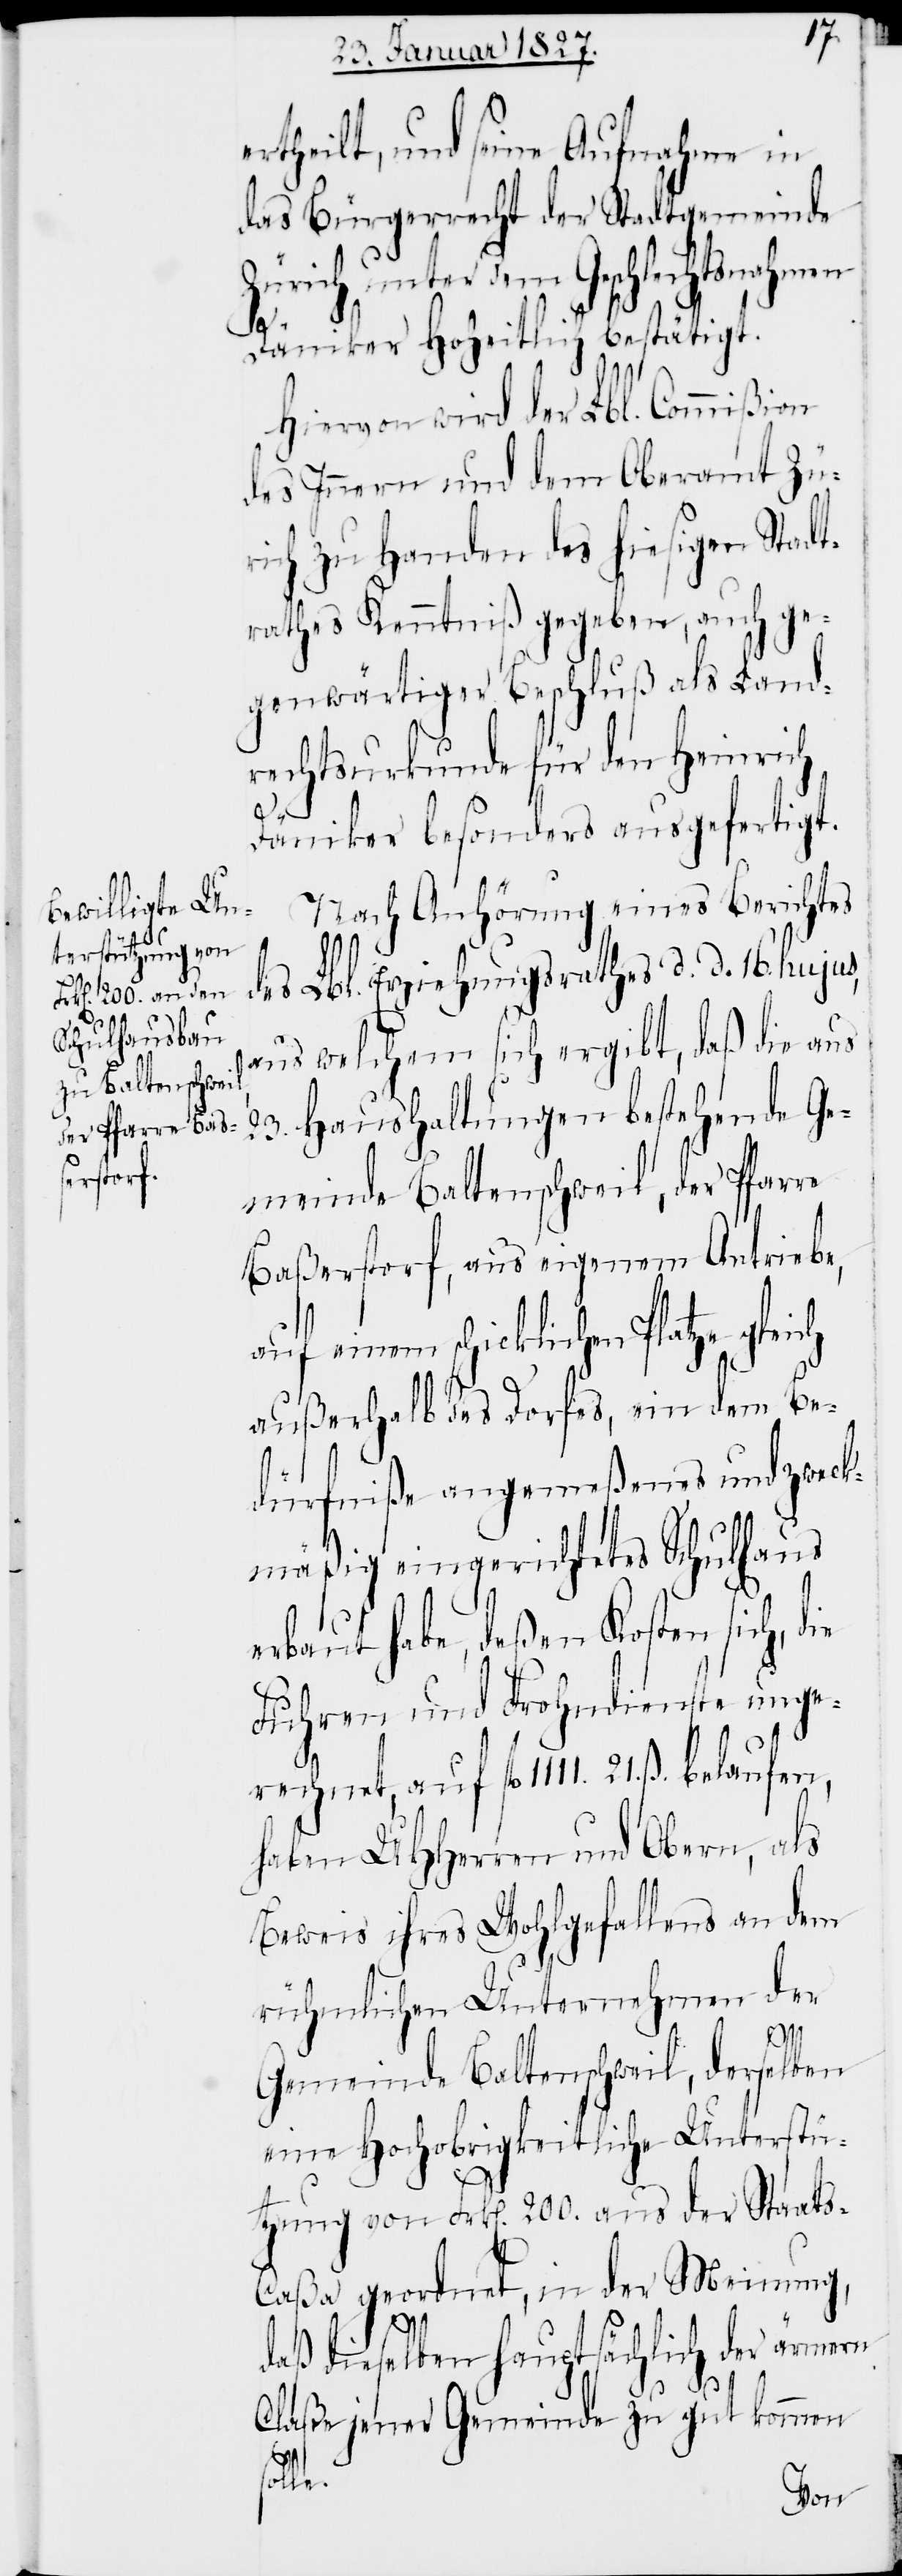
ertheilt, und seine Aufnahme in
das Bürgerrecht der Stadtgemeinde
Zürich unter dem Geschlechtsnahmen
Däniker Hoheitlich bestätigt.
Hiervon wird der Lbl. Commißion
des Innern und dem Oberamt Zü¬
rich zu Handen des hiesigen Stadt¬
rathes Kenntniß gegeben, auch ge¬
genwärtiger Beschluß als Land¬
rechtsurkunde für den Heinrich
e.
Däniker besonders ausgefertigt.
Nach Anhörung eines Berichtes
des Lbl. Erziehungsrathes d. d. 16. hujus,
aus welchem sich ergibt, daß die aus
23. Haushaltungen bestehende Ge¬
meinde Baltenschweil, der Pfarre
Baßerstorf, aus eigenem Antriebe,
auf einem schicklichen Platze gleich
außerhalb des Dorfes, ein dem Be¬
dürfniße angemeßenes und zweck¬
mäßig eingerichtetes Schulhaus
erbaut habe, deßen Kosten sich, die
Fuhren und Frohndienste unge¬
haben UHHerren und Obern, als
Beweis ihres Wohlgefallens an dem
rühmlichen Unternehmen der
fl.
Gemeinde Baltenschweil, derselben
eine Hochobrigkeitliche Unterstü¬
tzung von Frk[en]. 200. aus der Staat¬
aßa geordnet, in der Meinung,
daß dieselben hauptsächlich der ärmern
Claße jener Gemeinde zu gut kommen
soll¬